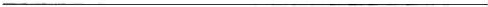
___